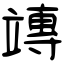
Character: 竱